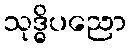
သုဒ္ဓိပညော